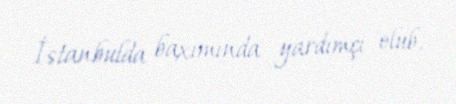
İstanbulda baxımında yardımçı olub.